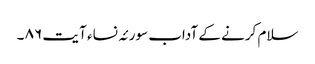
سلام کرنے کے آداب سورئہ نساء آ یت ٨٦ ۔